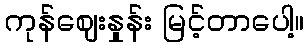
ကုန်ဈေးနှုန်း မြင့်တာပေါ့။